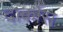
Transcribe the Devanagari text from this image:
दार्कोस